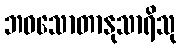
ဘဝသောတာနုသာရိသု